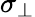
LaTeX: \sigma_{\perp}